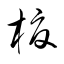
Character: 榎